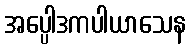
အပ္ပေါဒကပါယာသေန